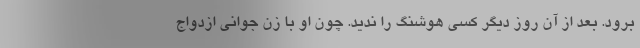
برود. بعد از آن روز دیگر کسی هوشنگ را ندید. چون او با زن جوانی ازدواج